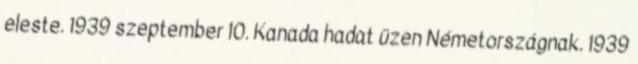
eleste. 1939 szeptember 10. Kanada hadat üzen Németországnak. 1939